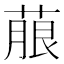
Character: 𮐐